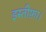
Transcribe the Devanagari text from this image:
इस्तीफ़ा।